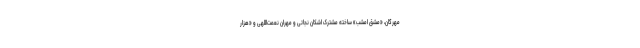
مهرگان، «مشق امشب» ساخته مشترک اشکان نجاتی و مهران نعمت‌اللهی و «هزار